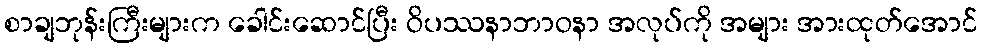
စာချဘုန်းကြီးများက ခေါင်းဆောင်ပြီး ဝိပဿနာဘာဝနာ အလုပ်ကို အများ အားထုတ်အောင်